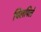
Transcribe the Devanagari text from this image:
पिलपिले